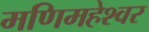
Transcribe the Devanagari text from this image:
मणिमहेश्‍वर